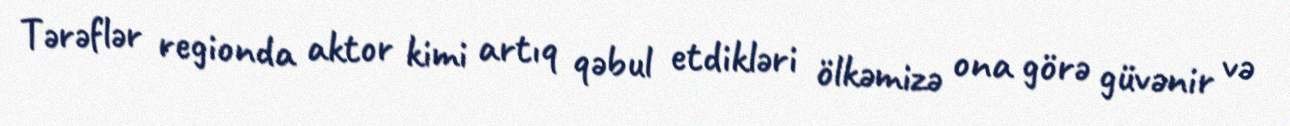
Tərəflər regionda aktor kimi artıq qəbul etdikləri ölkəmizə ona görə güvənir və